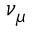
\nu _ { \mu }